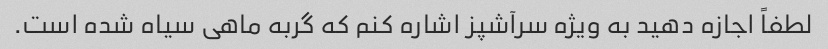
لطفاً اجازه دهید به ویژه سرآشپز اشاره کنم که گربه ماهی سیاه شده است.